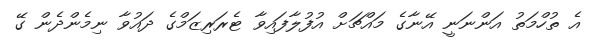
އެ ތުހްމަތު އަންނަނީ އޭނާގެ މައްޗަށް އުފުލާފައިވާ ޓެރަރިޒަމްގެ ދައުވާ ނިމެންދެން ގޭ